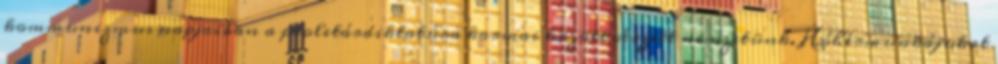
kommunizmus napjaiban a proletárdiktatúra karmai között vérzett nemzetünk. Hóhérmunkájukat